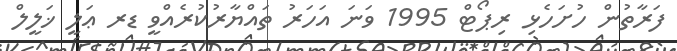
ފަރާތުން ހުށަހެޅި ރިޕޯޓް 1995 ވަނަ އަހަރު ތައްޔާރުކުރެއްވީ ޑރ ޢަލީ ޚަލީލް